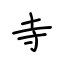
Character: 寺